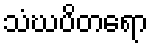
သံဃပိတရော